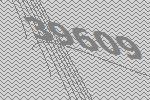
39609